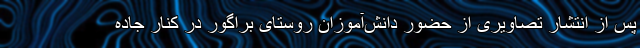
پس از انتشار تصاویری از حضور دانش‌آموزان روستای براگور در کنار جاده